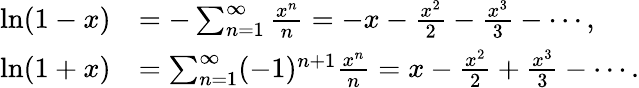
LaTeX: {\begin{array}{rl}{\ln(1-x)}&{=-\sum_{n=1}^{\infty}{\frac{x^{n}}{n}}=-x-{\frac{x^{2}}{2}}-{\frac{x^{3}}{3}}-\cdots,}\\ {\ln(1+x)}&{=\sum_{n=1}^{\infty}(-1)^{n+1}{\frac{x^{n}}{n}}=x-{\frac{x^{2}}{2}}+{\frac{x^{3}}{3}}-\cdots.}\end{array}}